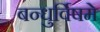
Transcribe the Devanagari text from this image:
बन्धुर्विषमे